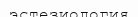
эстезиология